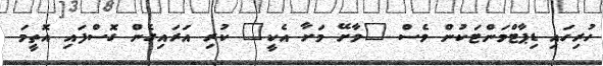
ހުރިހައި ޑިޕާޓްމަންޓަކުން ވެސް "ވާށޭ މަށާ އެކީ" ކުރި އަރައިގެން ގޮސްފައި އޮތީމަ